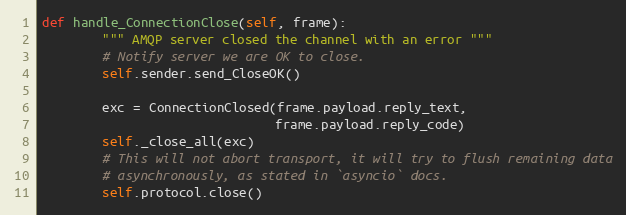
Language: Python
def handle_ConnectionClose(self, frame):
        """ AMQP server closed the channel with an error """
        # Notify server we are OK to close.
        self.sender.send_CloseOK()

        exc = ConnectionClosed(frame.payload.reply_text,
                               frame.payload.reply_code)
        self._close_all(exc)
        # This will not abort transport, it will try to flush remaining data
        # asynchronously, as stated in `asyncio` docs.
        self.protocol.close()